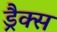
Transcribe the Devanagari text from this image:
ड्रैक्स